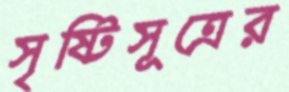
সৃষ্টিসূত্রের